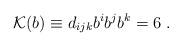
LaTeX: \begin{align*}{\cal{K}}(b)\equiv d_{ijk}b^ib^jb^k =6\; .\end{align*}